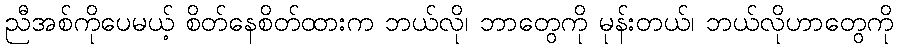
ညီအစ်ကိုပေမယ့် စိတ်နေစိတ်ထားက ဘယ်လို၊ ဘာတွေကို မုန်းတယ်၊ ဘယ်လိုဟာတွေကို